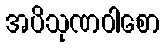
အပိသုဏဝါစော